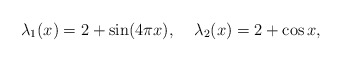
\begin{align*} \lambda_{1}(x)=2+\sin(4\pi x),\;\;\;\; \lambda_{2}(x)=2+\cos x, \end{align*}